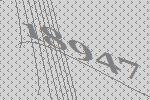
18947